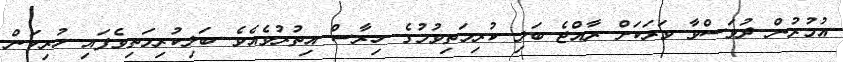
އުމުރުން ދުވަސްވާ ވަރަކަށް ރާއްޖެ ބަލި ކުރިމަތިވުމުގެ ހިރާސް އިތުރުވެއެވެ. ބަލިކުރިމަތިވެފައި ހުރިކަން